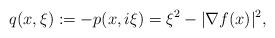
LaTeX: \begin{align*} q ( x , \xi ) := - p(x,i\xi) =\xi^{2} - \vert \nabla f ( x ) \vert^{2} ,\end{align*}